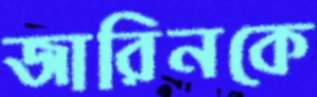
জারিনকে